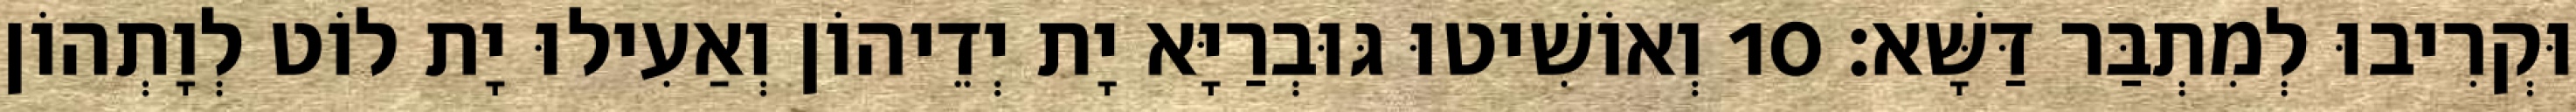
וּקְרִיבוּ לְמִתְבַּר דַּשָּׁא׃ 10 וְאוֹשִׁיטוּ גּוּבְרַיָּא יָת יְדֵיהוֹן וְאַעִילוּ יָת לוֹט לְוָתְהוֹן